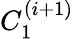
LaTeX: C_{1}^{(i+1)}